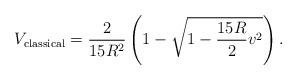
LaTeX: \begin{align*}V_{{\rm classical}} = \frac{2}{15 R^2} \left( 1-\sqrt{1-\frac{15 R}{2}v^2 }\right).\end{align*}